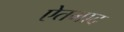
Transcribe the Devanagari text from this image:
ऐतमाद